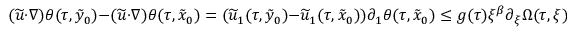
( \widetilde u \cdot \nabla ) \theta ( \tau , \tilde { y } _ { 0 } ) - ( \widetilde u \cdot \nabla ) \theta ( \tau , \tilde { x } _ { 0 } ) = ( \widetilde u _ { 1 } ( \tau , \tilde { y } _ { 0 } ) - \widetilde u _ { 1 } ( \tau , \tilde { x } _ { 0 } ) ) \partial _ { 1 } \theta ( \tau , \tilde { x } _ { 0 } ) \leq g ( \tau ) \xi ^ { \beta } \partial _ { \xi } \Omega ( \tau , \xi ) .